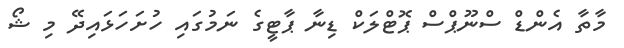
މާތާ އެންޑް ސްނޫޕްސް ޕޮޓްލަކް ޑިނާ ޕާޓީގެ ނަމުގައި ހުށަހަޅައިދޭ މި ޝޯ